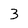
Character: 3